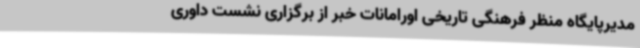
مدیرپایگاه منظر فرهنگی تاریخی اورامانات خبر از برگزاری نشست داوری